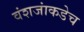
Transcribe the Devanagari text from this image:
वंशजांकडेच